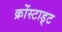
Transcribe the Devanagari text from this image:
क्रोंस्टाड्ट